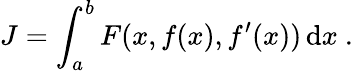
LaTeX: J=\int_{a}^{b}F(x,f(x),f^{\prime}(x))\, \mathrm{d}x\ .